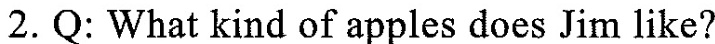
2. Q: What kind of apples does Jim like?